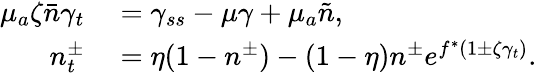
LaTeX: \begin{array}{rl}{\mu_{a}\zeta\bar{n}\gamma_{t}}&{{}=\gamma_{ss}-\mu\gamma+\mu_{a}\tilde{n},}\\ {n_{t}^{\pm}}&{{}=\eta(1-n^{\pm})-(1-\eta)n^{\pm}e^{f^{\ast}(1\pm\zeta\gamma_{t})}.}\end{array}